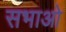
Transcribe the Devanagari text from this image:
सभाओ